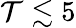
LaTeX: \mathcal{T}\lesssim5